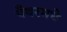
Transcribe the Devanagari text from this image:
पँथरमधे